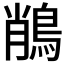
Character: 𪁎